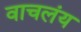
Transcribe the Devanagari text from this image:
वाचलंय